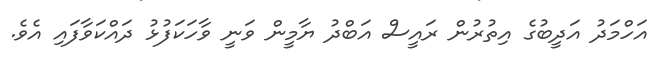
އަހްމަދު އަދީބުގެ އިތުރުން ރައީސް އަބްދު ޔާމީން ވަނީ ވާހަކަފުޅު ދައްކަވާފައި އެވެ.